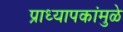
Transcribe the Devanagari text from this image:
प्राध्यापकांमुळे